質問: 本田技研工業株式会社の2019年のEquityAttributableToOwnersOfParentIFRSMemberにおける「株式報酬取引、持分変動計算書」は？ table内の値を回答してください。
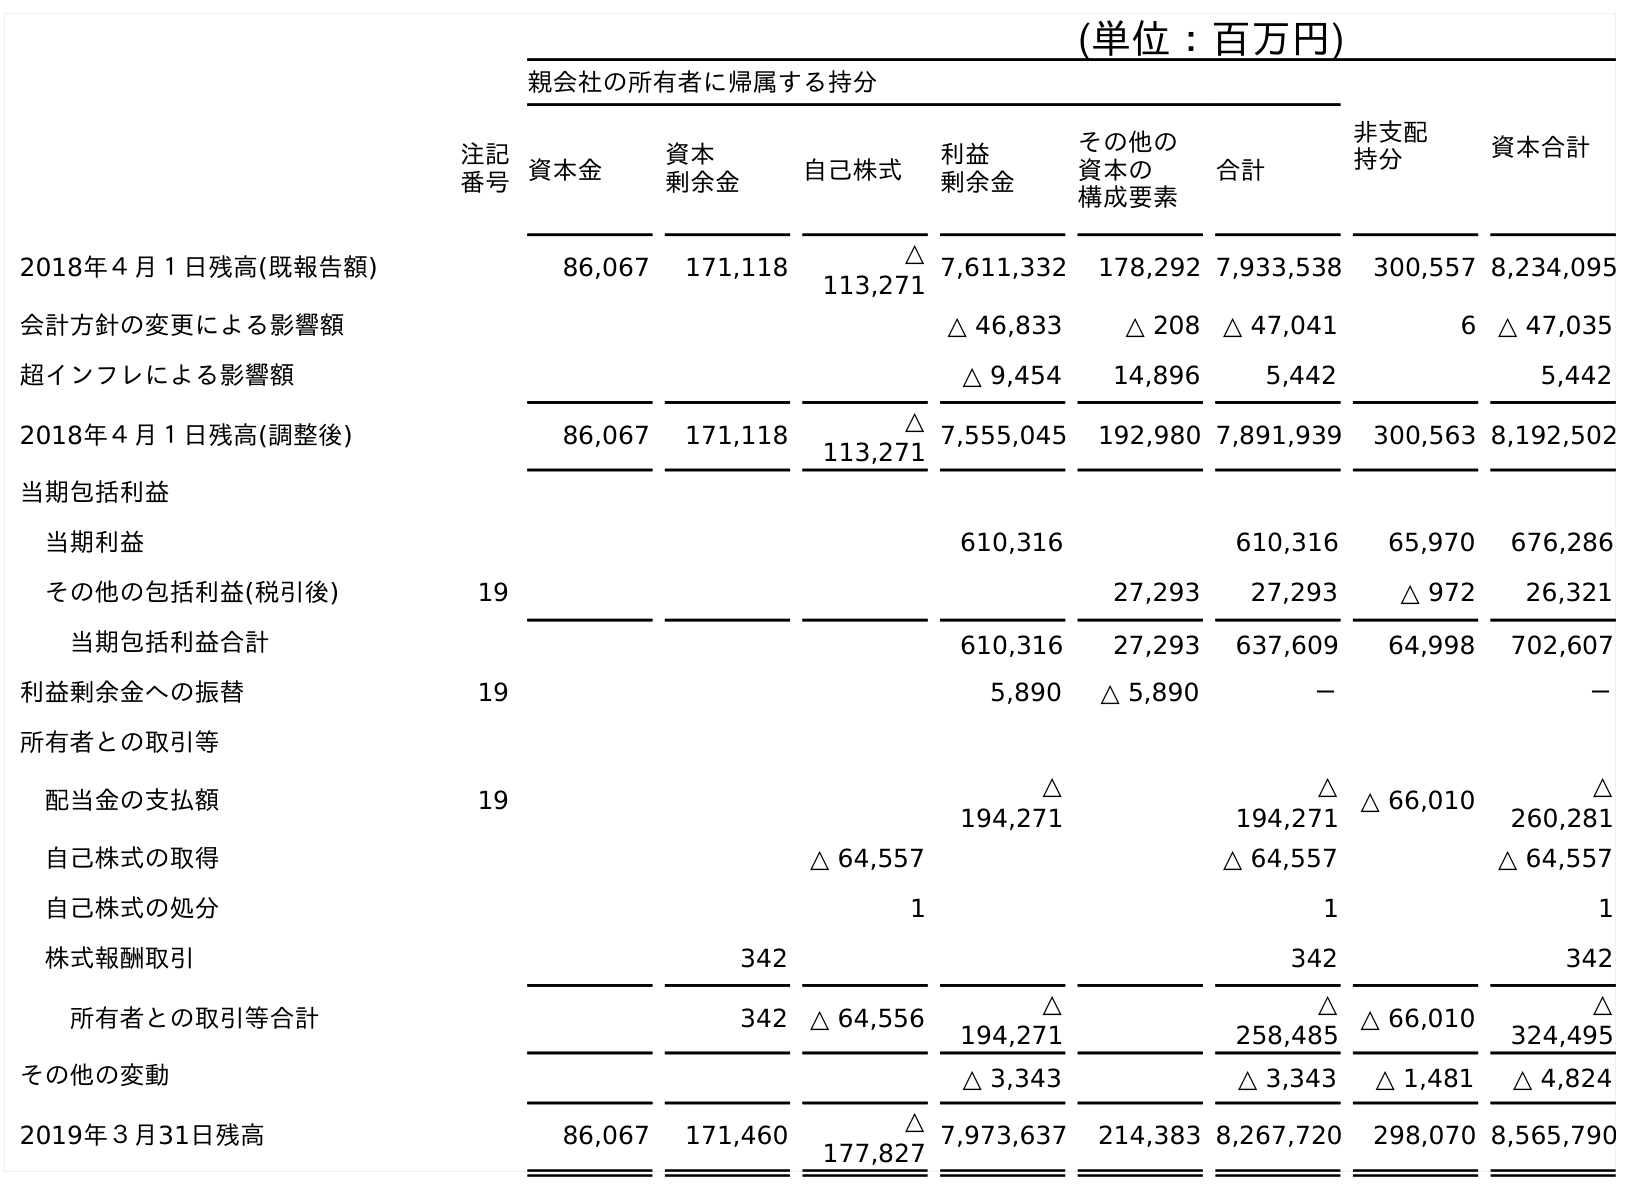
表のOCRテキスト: (単位：百万円) 親会社の所有者に帰属する持分 非支配 持分 資本合計 注記 番号資本金 資本 剰余金 自己株式 利益 剰余金 その他の 資本の 構成要素 合計 2018年４月１日残高(既報告額) 86,067 171,118 △ 113,271 7,611,332 178,292 7,933,538 300,557 8,234,095 会計方針の変更による影響額 △ 46,833 △ 208 △ 47,041 6 △ 47,035 超インフレによる影響額 △ 9,454 14,896 5,442 5,442 2018年４月１日残高(調整後) 86,067 171,118 △ 113,271 7,555,045 192,980 7,891,939 300,563 8,192,502 当期包括利益 当期利益 610,316 610,316 65,970 676,286 その他の包括利益(税引後) 19 27,293 27,293 △ 972 26,321 当期包括利益合計 610,316 27,293 637,609 64,998 702,607 利益剰余金への振替 19 5,890 △ 5,890 － － 所有者との取引等 配当金の支払額 19 △ 194,271 △ 194,271 △ 66,010 △ 260,281 自己株式の取得 △ 64,557 △ 64,557 △ 64,557 自己株式の処分 1 1 1 株式報酬取引 342 342 342 所有者との取引等合計 342 △ 64,556 △ 194,271 △ 258,485 △ 66,010 △ 324,495 その他の変動 △ 3,343 △ 3,343 △ 1,481 △ 4,824 2019年３月31日残高 86,067 171,460 △ 177,827 7,973,637 214,383 8,267,720 298,070 8,565,790
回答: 342